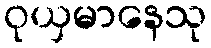
ဝုယှမာနေသု